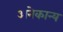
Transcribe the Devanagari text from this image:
अनेकान्य